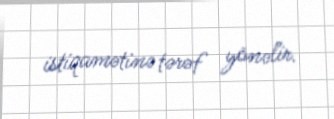
istiqamətinə tərəf yönəlir.